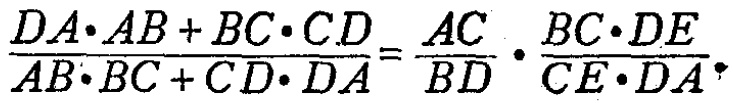
\(\frac{DA\cdot AB + BC\cdot CD}{AB\cdot BC + CD\cdot DA}=\frac{AC}{BD}\cdot\frac{BC\cdot DE}{CE\cdot DA}\)